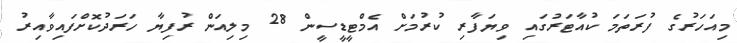
މިއަހަރުގެ ފުރަތަމަ ކުއާޓަރުގައި ވިޔަފާރި ކުރުމަށް އެމްޓީޑީސީން 28 މިލިއަން ރުފިޔާ ހަރަދުކޮށްފައިވާއިރު